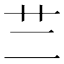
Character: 𦫽